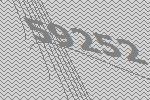
59252